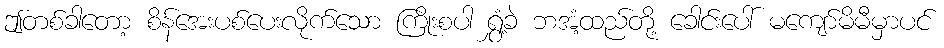
ဤတစ်ခါတော့ စိန်အေးပစ်ပေးလိုက်သော ကြိုးစပါ ရွှံ့ခဲ ဘအံ့ထည်တို့ ခေါင်းပေါ် မကျော်မိမီမှာပင်